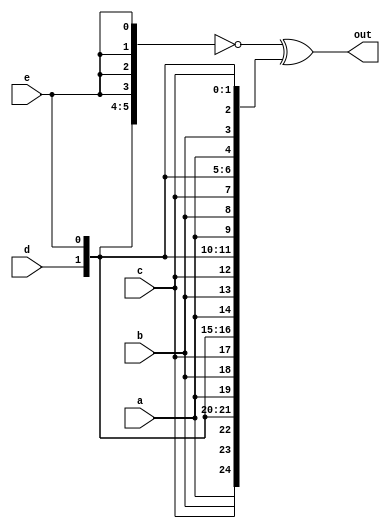
module vec5 (
    input a, b, c, d, e,
    output [24:0] out );//

    // The output is XNOR of two vectors created by 
    // concatenating and replicating the five inputs.
    // assign out = ~{ ... } ^ { ... };
    wire [24:0] w1;
    wire [24:0] w2;
    assign w1= {{5{a}},{5{b}},{5{c}},{5{d}},{5{e}}};
    assign w2= {{5{a,b,c,d,e}}};
    assign out= ~w1^w2;
    //Error earlier due to assign w1= {5{a},5{b},5{c},5{d},5{e}};

endmodule